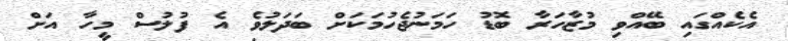
އެކެއްގައި ބޭއްވި މުޒާހަރާ ބޮޑު ހަމަނުޖެހުމަކަށް ބަދަލުވެ އެ ފުލުސް މީހާ އަށް